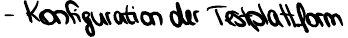
- Konfiguration der Testplattform